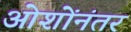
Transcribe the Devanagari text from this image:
ओशोंनंतर